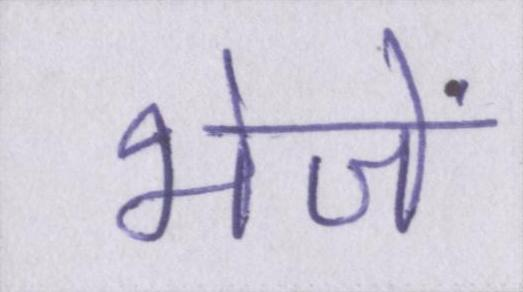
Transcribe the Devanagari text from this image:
भेजें